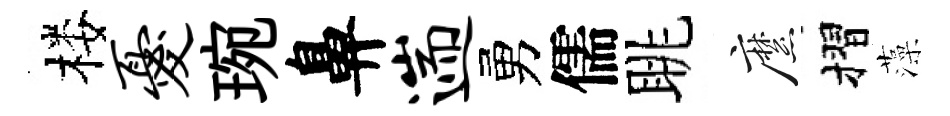
楼忧琬鼻遄勇儒眺縻摺藻